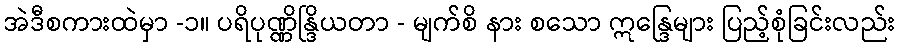
အဲဒီစကားထဲမှာ -၁။ ပရိပုဏ္ဏိန္ဒြိယတာ - မျက်စိ နား စသော ဣန္ဒြေများ ပြည့်စုံခြင်းလည်း